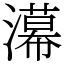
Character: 濗